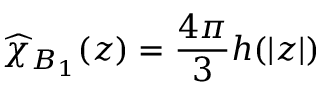
\widehat { \chi } _ { B _ { 1 } } ( z ) = \frac { 4 \pi } { 3 } h ( | z | )